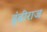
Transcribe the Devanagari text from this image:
ढुंढीराज